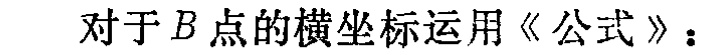
对于 \(B\) 点的横坐标运用《公式》：